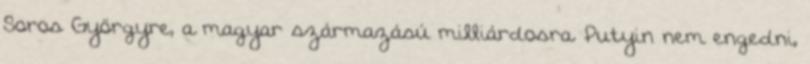
Soros Györgyre, a magyar származású milliárdosra. Putyin nem engedni,